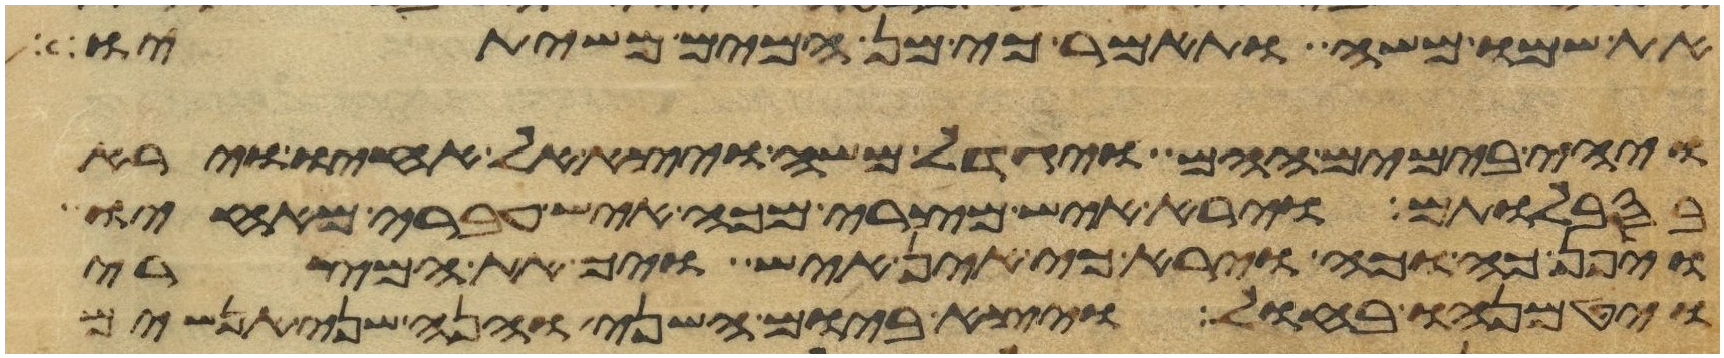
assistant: את שמו משה ותאמר כי מן המים משיתיו
ויהי בימים ההם ויגדל משה ויצא אל אחיו וירא
בסבלותם וירא איש מצרי מכה איש עברי מאחיו
ויפן כה וכה וירא כי אין איש ויך את המצרי
ויטמנהו בחול ויצא ביום השני והנה שני אנשים